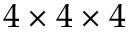
4 \times 4 \times 4